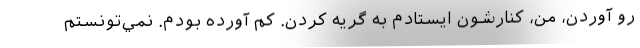
رو آوردن، من، كنارشون ايستادم به گريه كردن. كم آورده بودم. نمي‌تونستم